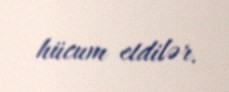
hücum etdilər.